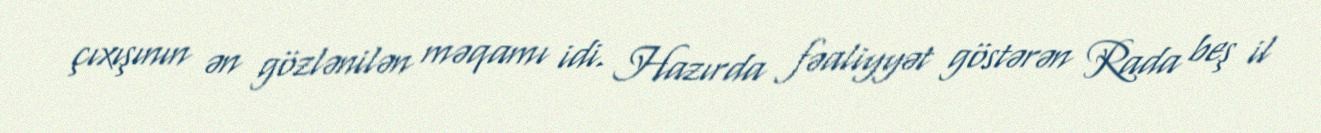
çıxışının ən gözlənilən məqamı idi. Hazırda fəaliyyət göstərən Rada beş il